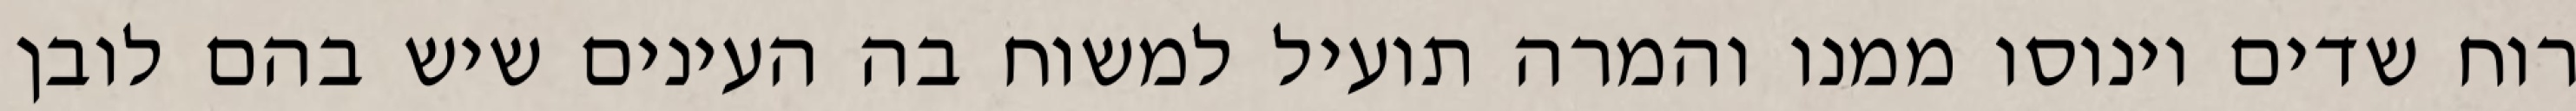
רוח שדים וינוסו ממנו והמרה תועיל למשוח בה העינים שיש בהם לובן